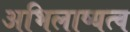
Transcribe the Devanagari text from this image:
अभिलाष्यत्व